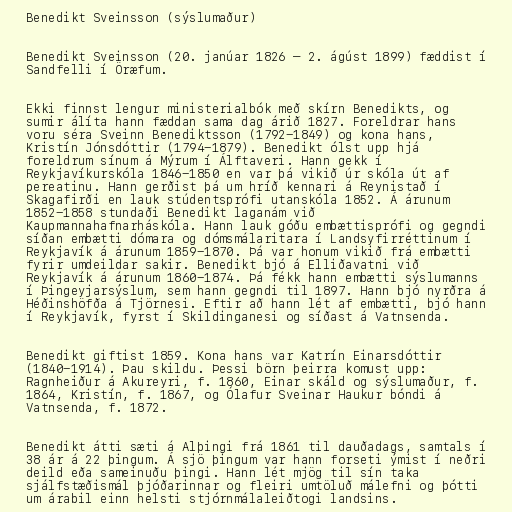
Benedikt Sveinsson (sýslumaður)

Benedikt Sveinsson (20. janúar 1826 – 2. ágúst 1899) fæddist í
Sandfelli í Öræfum.

Ekki finnst lengur ministerialbók með skírn Benedikts, og
sumir álíta hann fæddan sama dag árið 1827. Foreldrar hans
voru séra Sveinn Benediktsson (1792-1849) og kona hans,
Kristín Jónsdóttir (1794-1879). Benedikt ólst upp hjá
foreldrum sínum á Mýrum í Álftaveri. Hann gekk í
Reykjavíkurskóla 1846-1850 en var þá vikið úr skóla út af
pereatinu. Hann gerðist þá um hríð kennari á Reynistað í
Skagafirði en lauk stúdentsprófi utanskóla 1852. Á árunum
1852-1858 stundaði Benedikt laganám við
Kaupmannahafnarháskóla. Hann lauk góðu embættisprófi og gegndi
síðan embætti dómara og dómsmálaritara í Landsyfirréttinum í
Reykjavík á árunum 1859-1870. Þá var honum vikið frá embætti
fyrir umdeildar sakir. Benedikt bjó á Elliðavatni við
Reykjavík á árunum 1860-1874. Þá fékk hann embætti sýslumanns
í Þingeyjarsýslum, sem hann gegndi til 1897. Hann bjó nyrðra á
Héðinshöfða á Tjörnesi. Eftir að hann lét af embætti, bjó hann
í Reykjavík, fyrst í Skildinganesi og síðast á Vatnsenda.

Benedikt giftist 1859. Kona hans var Katrín Einarsdóttir
(1840-1914). Þau skildu. Þessi börn þeirra komust upp:
Ragnheiður á Akureyri, f. 1860, Einar skáld og sýslumaður, f.
1864, Kristín, f. 1867, og Ólafur Sveinar Haukur bóndi á
Vatnsenda, f. 1872.

Benedikt átti sæti á Alþingi frá 1861 til dauðadags, samtals í
38 ár á 22 þingum. Á sjö þingum var hann forseti ýmist í neðri
deild eða sameinuðu þingi. Hann lét mjög til sín taka
sjálfstæðismál þjóðarinnar og fleiri umtöluð málefni og þótti
um árabil einn helsti stjórnmálaleiðtogi landsins.